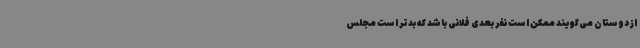
از دوستان می‌گویند ممکن است نفر بعدی فلانی باشد که بدتر است مجلس